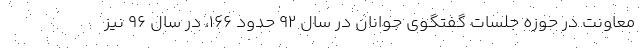
معاونت در حوزه جلسات گفتگوی جوانان در سال ۹۲ حدود ۱۶۶، در سال ۹۶ نیز